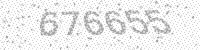
Solution: 676655